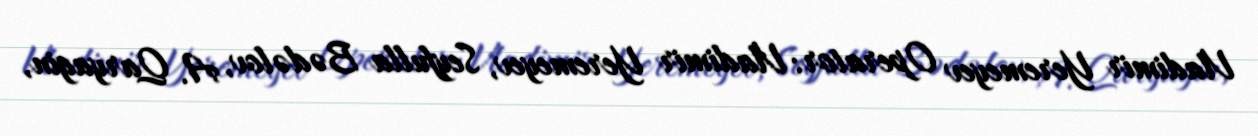
Vladimir Yeremeyev Operator: Vladimir Yeremeyev, Seyfulla Bədəlov, A. Qaryagin,